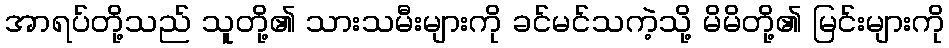
အာရပ်တို့သည် သူတို့၏ သားသမီးများကို ခင်မင်သကဲ့သို့ မိမိတို့၏ မြင်းများကို